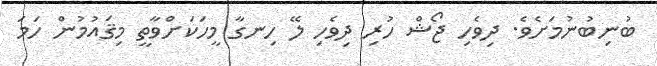
ބުނިބުނުމަށެވެ. ދިވެހި ޖޯޝް ހުރި ދިވެހި ލޭ ހިނގާ މީހަކަށްވާތީ މިޤައުމުން ހަމަ